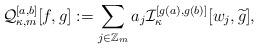
LaTeX: \begin{align*}\mathcal{Q}^{[a,b]}_{\kappa,m}[f,g]:=\sum_{j\in\mathbb{Z}_m}a_j\mathcal{I}^{[g(a), g(b)]}_\kappa[w_j,\widetilde{g}],\end{align*}